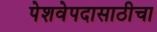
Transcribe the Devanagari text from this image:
पेशवेपदासाठीचा